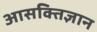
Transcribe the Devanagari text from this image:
आसक्तिज्ञान